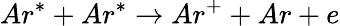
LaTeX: Ar^{*}+Ar^{*}\rightarrow Ar^{+}+Ar+e